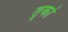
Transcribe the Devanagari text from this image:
तृकां